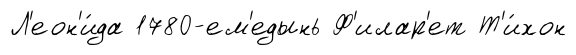
Л'еон'и́да 1780-ем'едынь Ф'илар'ет Т'и́хон